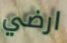
ارضي